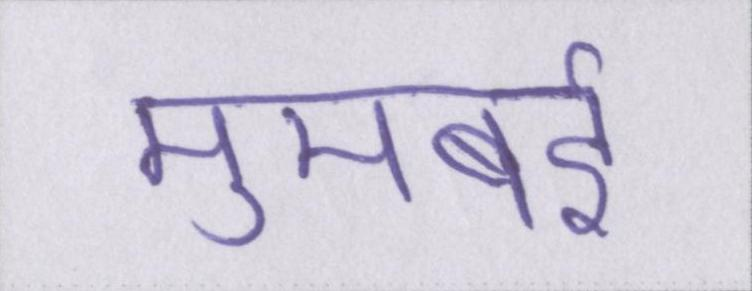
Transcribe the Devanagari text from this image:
मुमबई